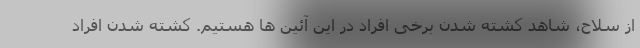
از سلاح، شاهد کشته شدن برخی افراد در این آئین ها هستیم. کشته شدن افراد